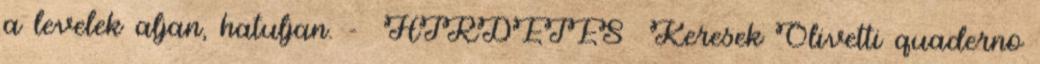
a levelek aljan, hatuljan. - HIRDETES Keresek Olivetti quaderno